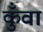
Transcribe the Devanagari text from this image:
कुँवा